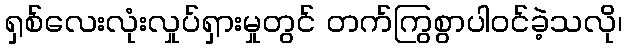
ရှစ်လေးလုံးလှုပ်ရှားမှုတွင် တက်ကြွစွာပါဝင်ခဲ့သလို၊